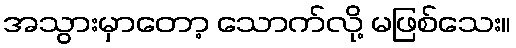
အသွားမှာတော့ သောက်လို့ မဖြစ်သေး။